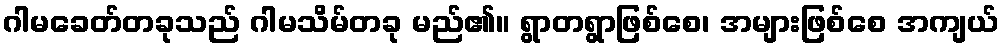
ဂါမခေတ်တခုသည် ဂါမသိမ်တခု မည်၏။ ရွာတရွာဖြစ်စေ၊ အများဖြစ်စေ အကျယ်